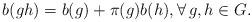
LaTeX: \begin{align*}b(gh) = b(g) + \pi(g)b(h), \forall \, g, h \in G.\end{align*}